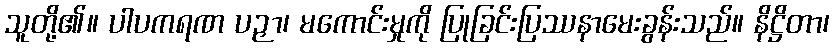
သူတို့၏။ ပါပကရဏ ပဉှာ၊ မကောင်းမှုကို ပြုခြင်းပြဿနာမေးခွန်းသည်။ နိဋ္ဌိတာ၊